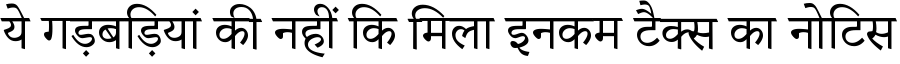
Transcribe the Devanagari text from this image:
ये गड़बड़ियां की नहीं कि मिला इनकम टैक्स का नोटिस